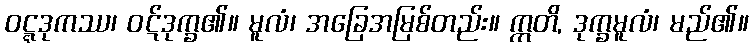
ဝဋ္ဋဒုကဿ၊ ဝဋ်ဒုက္ခ၏။ မူလံ၊ အခြေအမြစ်တည်း။ ဣတိ, ဒုက္ခမူလံ၊ မည်၏။